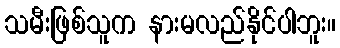
သမီးဖြစ်သူက နားမလည်နိုင်ပါဘူး။